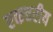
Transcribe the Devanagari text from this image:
एकचरीय